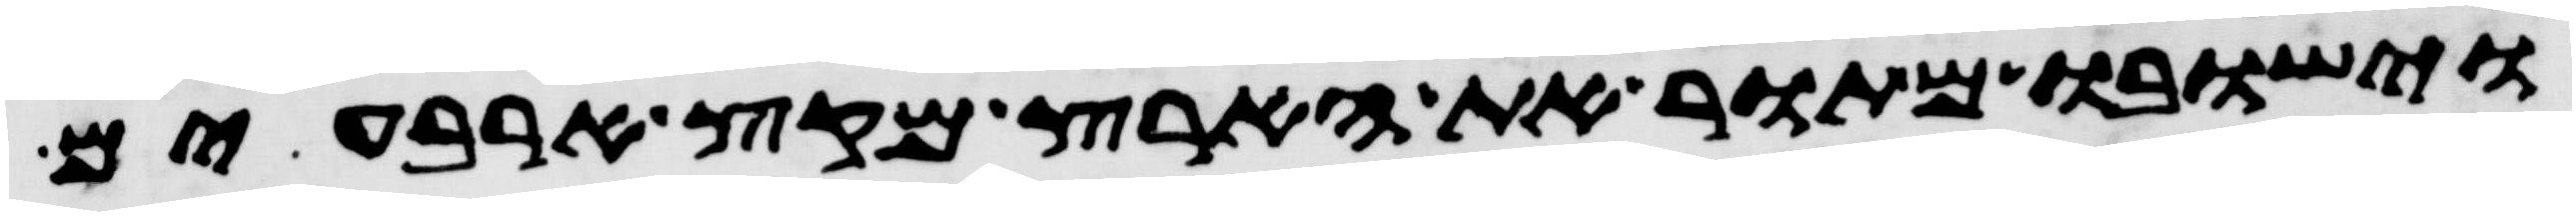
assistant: וישבו מתור את הארץ מקץ ארבעים